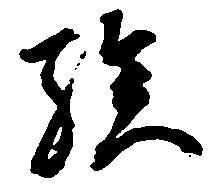
族